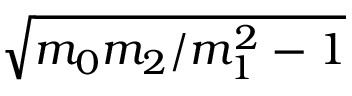
\sqrt { m _ { 0 } m _ { 2 } / m _ { 1 } ^ { 2 } - 1 }